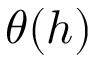
\theta ( h )